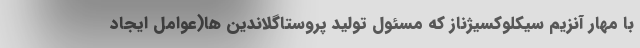
با مهار آنزیم سیکلوکسیژناز که مسئول تولید پروستاگلاندین ها(عوامل ایجاد